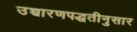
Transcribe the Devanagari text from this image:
उच्चारणपद्धतीनुसार